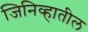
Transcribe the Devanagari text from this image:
जिनिव्हातील